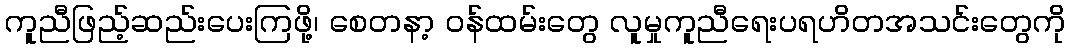
ကူညီဖြည့်ဆည်းပေးကြဖို့၊ စေတနာ့ ဝန်ထမ်းတွေ လူမှုကူညီရေးပရဟိတအသင်းတွေကို